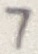
Text: 7